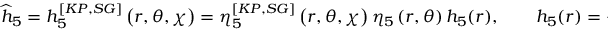
\widehat { h } _ { 5 } = h _ { 5 } ^ { [ K P , S G ] } \left( r , \theta , \chi \right) = \eta _ { 5 } ^ { [ K P , S G ] } \left( r , \theta , \chi \right) \eta _ { 5 } \left( r , \theta \right) h _ { 5 } ( r ) , \qquad h _ { 5 } ( r ) = - r _ { 0 } ^ { 2 } e ^ { 2 \psi ( r ) } ,